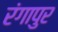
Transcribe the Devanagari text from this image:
रंगापुर